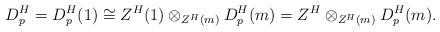
\begin{align*} D_p^H=D_p^H(1) \cong Z^H(1)\otimes_{Z^H(m)}D_p^H(m)=Z^H \otimes_{Z^H(m)}D_p^H(m).\end{align*}